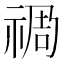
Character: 𮂁